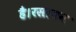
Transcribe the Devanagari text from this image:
है।रसायन